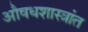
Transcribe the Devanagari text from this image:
औषधशास्त्रांत